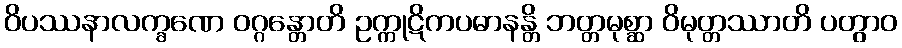
ဝိပဿနာလက္ခဏေ ဝဂ္ဂန္တောတိ ဥက္ကုဋိကပဓာနန္တိ ဘတ္တမုစ္ဆာ ဝိမုတ္တဿာတိ ပတွာဝ